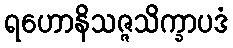
ရဟောနိသဇ္ဇသိက္ခာပဒံ